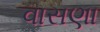
વાસણા